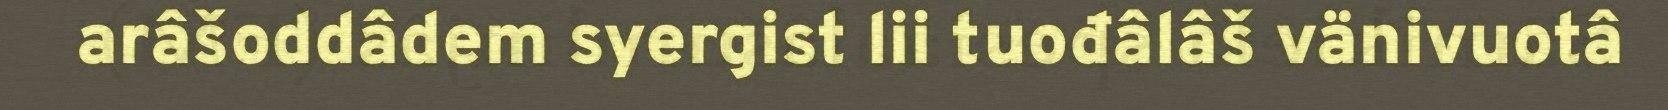
arâšoddâdem syergist lii tuođâlâš vänivuotâ